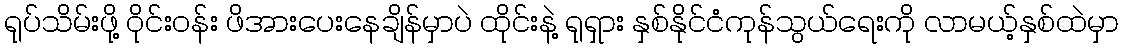
ရုပ်သိမ်းဖို့ ဝိုင်းဝန်း ဖိအားပေးနေချိန်မှာပဲ ထိုင်းနဲ့ ရုရှား နှစ်နိုင်ငံကုန်သွယ်ရေးကို လာမယ့်နှစ်ထဲမှာ